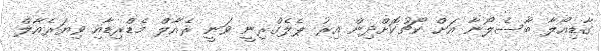
ގާޑިއޯލާ ބާސެލޯނާ އަށް ކޯޗުކޮށްދިން އިރު ޕެލެގްރިނީ ވަނީ ރެއާލް މެޑްރިޑާއި ވިޔަރެއާލް